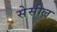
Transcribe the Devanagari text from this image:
सेसील